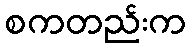
စကတည်းက